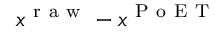
x ^ { \mathrm { ~ r ~ a ~ w ~ } } - x ^ { \mathrm { ~ P ~ o ~ E ~ T ~ } }